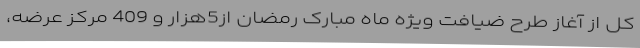
کل از آغاز طرح ضیافت ویژه ماه مبارک رمضان از5هزار و 409 مرکز عرضه،